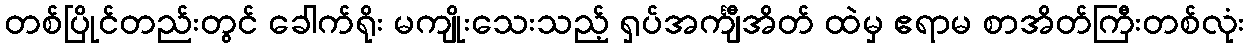
တစ်ပြိုင်တည်းတွင် ခေါက်ရိုး မကျိုးသေးသည့် ရှပ်အင်္ကျီအိတ် ထဲမှ ဧရာမ စာအိတ်ကြီးတစ်လုံး